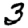
Digit: 3